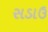
સડાઉ